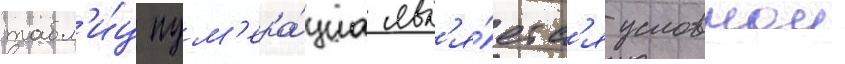
табл'и́ц нум'ера́циа явл'я́етс'я условнои